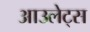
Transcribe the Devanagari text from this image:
आउलेट्स